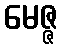
မေဇ္ဇ